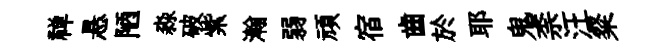
禅悬陋淼破紫瀚弱頑宿齒於耶鬼柰汪粲